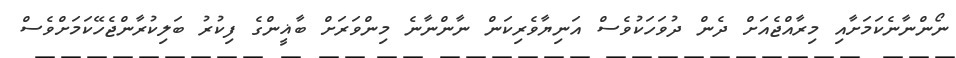
ނޯންނާނެކަމަށާއި މިރާއްޖެއަށް ދެން ދުވަހަކުވެސް އަނިޔާވެރިކަން ނާންނާނެ މިންވަރަށް ބާޣީންގެ ފިކުރު ބަލިކުރާންޖެހޭކަމަށްވެސް